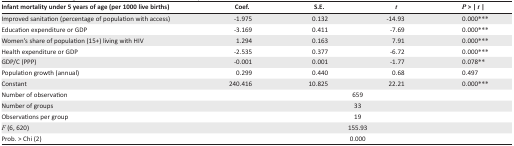
<table><thead><tr><td><b>Infant mortality under 5 years of age (per 1000 live births)</b></td><td><b>Coef.</b></td><td><b>S.E.</b></td><td><b><i>t</i></b></td><td><b><i>P</i> &gt; | <i>t</i> |</b></td></tr></thead><tbody><tr><td>Improved sanitation (percentage of population with access)</td><td>−1.975</td><td>0.132</td><td>−14.93</td><td>0.000***</td></tr><tr><td>Education expenditure or GDP</td><td>−3.169</td><td>0.411</td><td>−7.69</td><td>0.000***</td></tr><tr><td>Women’s share of population (15+) living with HIV</td><td>1.294</td><td>0.163</td><td>7.91</td><td>0.000***</td></tr><tr><td>Health expenditure or GDP</td><td>−2.535</td><td>0.377</td><td>−6.72</td><td>0.000***</td></tr><tr><td>GDP/C (PPP)</td><td>−0.001</td><td>0.001</td><td>−1.77</td><td>0.078**</td></tr><tr><td>Population growth (annual)</td><td>0.299</td><td>0.440</td><td>0.68</td><td>0.497</td></tr><tr><td>Constant</td><td>240.416</td><td>10.825</td><td>22.21</td><td>0.000***</td></tr><tr><td>Number of observation</td><td colspan="4">659</td></tr><tr><td>Number of groups</td><td colspan="4">33</td></tr><tr><td>Observations per group</td><td colspan="4">19</td></tr><tr><td><i>F</i> (6, 620)</td><td colspan="4">155.93</td></tr><tr><td>Prob. &gt; Chi (2)</td><td colspan="4">0.000</td></tr></tbody></table>